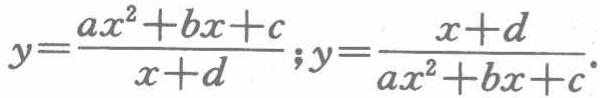
\(y=\frac{ax^{2}+bx + c}{x + d};y=\frac{x + d}{ax^{2}+bx + c}\)